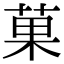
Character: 菓